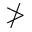
\ngtr